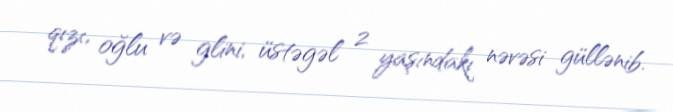
qızı, oğlu və glini, üstəgəl 2 yaşındakı nəvəsi güllənib.